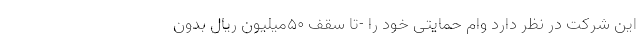
این شرکت در نظر دارد وام حمایتی خود را -تا سقف ۵۰میلیون ریال بدون